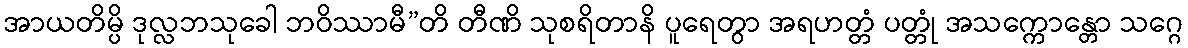
အာယတိမ္ပိ ဒုလ္လဘသုခေါ ဘဝိဿာမီ”တိ တီဏိ သုစရိတာနိ ပူရေတွာ အရဟတ္တံ ပတ္တုံ အသက္ကောန္တော သဂ္ဂေ